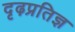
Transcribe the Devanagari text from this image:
दृढ़प्रतिज्ञ